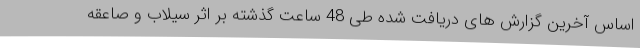
اساس آخرین گزارش های دریافت شده طی 48 ساعت گذشته بر اثر سیلاب و صاعقه